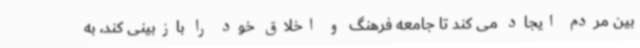
بین مردم ایجاد می کند تا جامعه فرهنگ و اخلاق خود را بازبینی کند، به